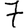
Digit: 7